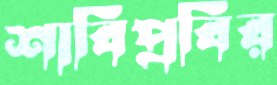
শাবিপ্রবির